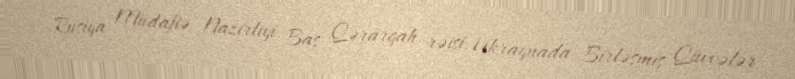
Rusiya Müdafiə Nazirliyi Baş Qərargah rəisi, Ukraynada Birləşmiş Qüvvələr